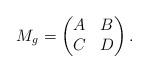
LaTeX: \begin{gather*}M_g=\left(\begin{matrix}A&B\\C&D\end{matrix}\right).\end{gather*}